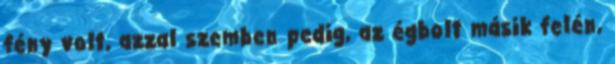
fény volt, azzal szemben pedig, az égbolt másik felén,